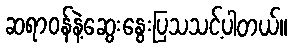
ဆရာဝန်နဲ့ဆွေးနွေးပြသသင့်ပါတယ်။